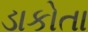
ડાકોતા